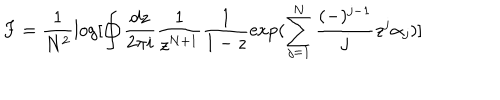
F = \frac { 1 } { N ^ { 2 } } \log [ \oint \frac { d z } { 2 \pi i } \frac { 1 } { z ^ { N + 1 } } \frac { 1 } { 1 - z } \exp ( \sum _ { j = 1 } ^ { N } \frac { ( - ) ^ { j - 1 } } { j } z ^ { j } \alpha _ { j } ) ]